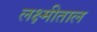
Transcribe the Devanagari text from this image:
लक्ष्मीताल